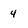
Character: 4